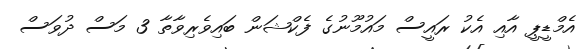
އެމްޑީޕީ އާއި އެކު ރައީސް މައުމޫނުގެ ފެކްޝަން ބައިވެރިވާތާ 3 މަސް ދުވަސް